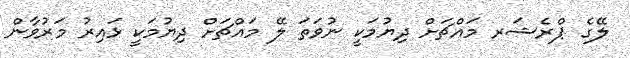
ލޭގެ ޕްރެޝަރ މައްޗަށް ދިޔުމަކީ ނުވަތަ ލޭ މައްޗަށް ދިޔުމަކީ ޅައިރު މަރުވާން